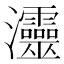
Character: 𤅷